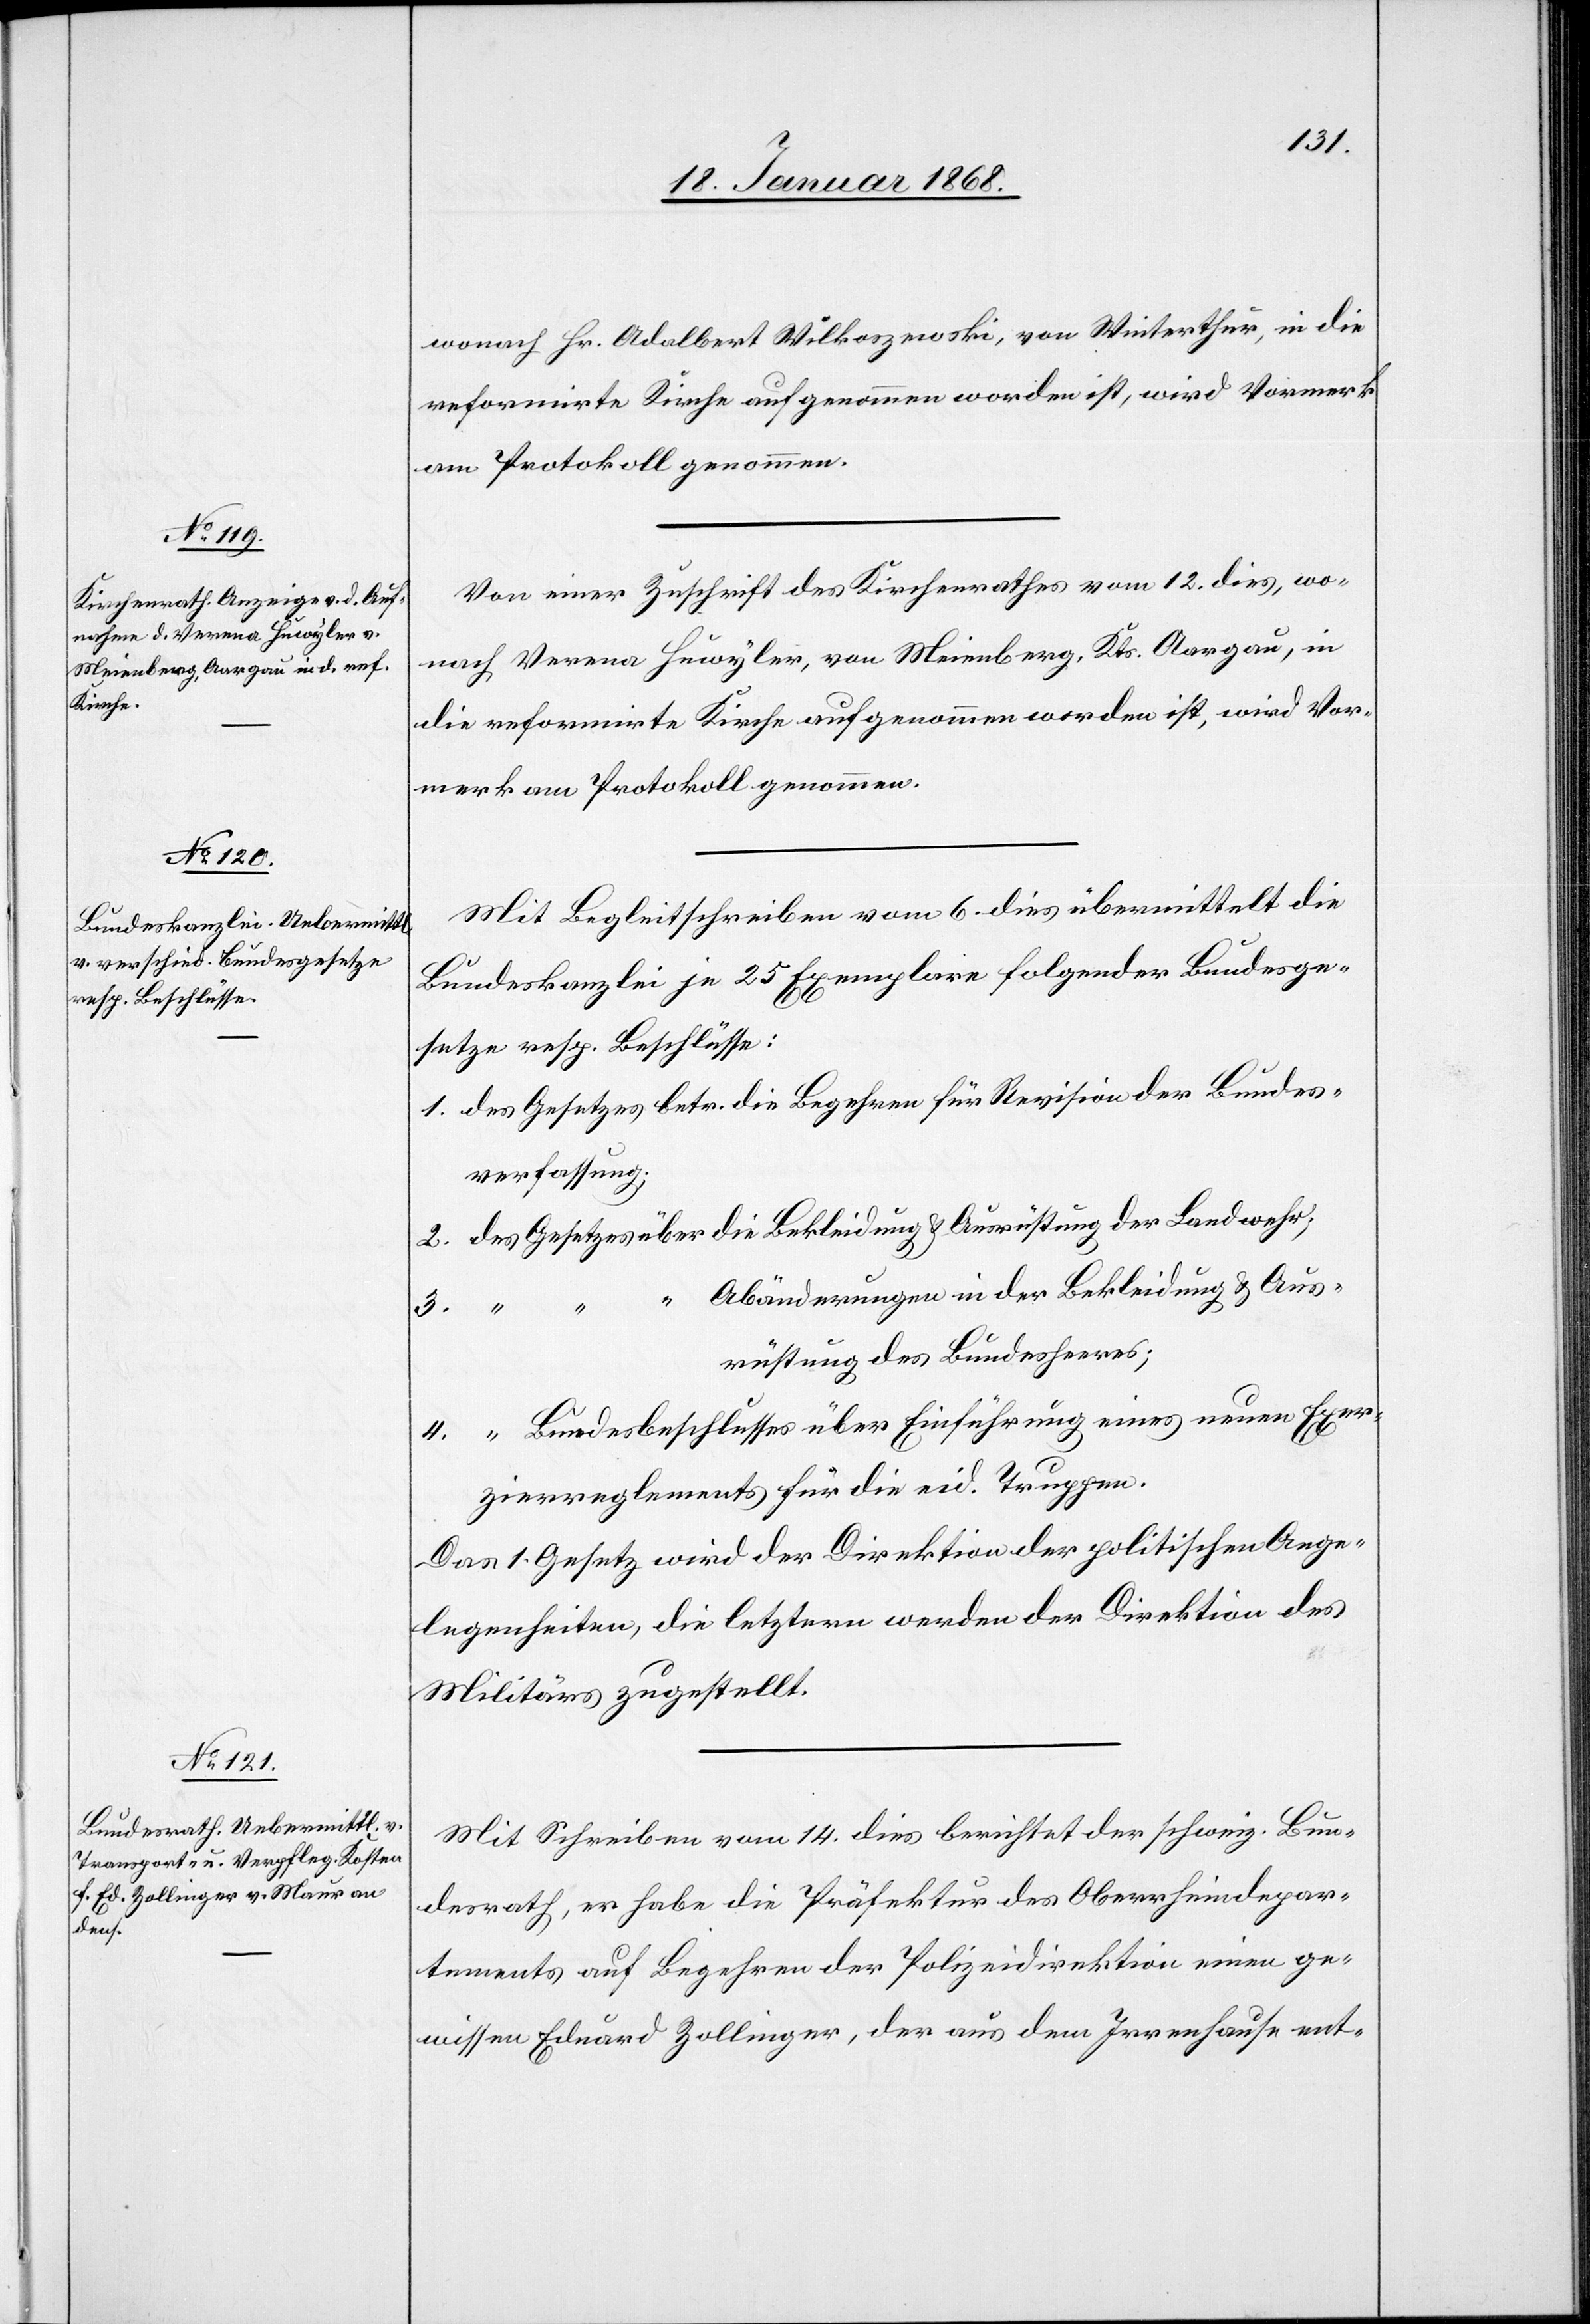
desrath,

wonach Hr. Adalbert Wilkoszewski, von Winterthur, in die
reformirte Kirche aufgenommen worden ist, wird Vormerk
am Protokoll genommen.
Von einer Zuschrift des Kirchenrathes vom 12. dies, wo¬
nach Verena Huwyler, von Meienberg, Kts. Aargau, in
die reformierte Kirche aufgenommen worden ist, wird Vor¬
merk am Protokoll genommen.
Mit Begleitschreiben vom 6. dies übermittelt die
Bundeskanzlei je 25 Exemplare folgender Bundesge¬
setze resp. Beschlüsse:
des Gesetzes betr. die Begehren für Revision der Bundes¬
verfassung;
des Gesetzes über die Bekleidung & Ausrüstung der Landwehr;
“ Abänderungen in der Bekleidung & Aus¬
rüstung des Bundesheeres;
“ Bundesbeschlusses über Einführung eines neuen Exer¬
zierreglements für die eid. Truppen.
Das 1. Gesetz wird der Direktion der politischen Ange¬
legenheiten, die letztern werden der Direktion des
Militärs zugestellt.
Mit Schreiben vom 14. dies berichtet der schweiz. Bun¬
er [recte: es] habe die Präfektur des Oberrheindepar¬
tements auf Begehren der Polizeidirektion einen ge¬
wissen Eduard Zollinger, der aus dem Irrenhause ent-